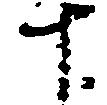
十